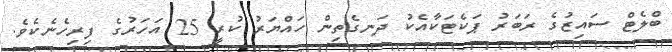
ބްލެޓް ސައިޒުގެ ރަބަރު ޕަކެޓަކާއެކު ދަނގެތިން ހައްޔަރު ކުރީ 25 އަހަރުގެ ފިރިހެނެކެވެ.